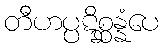
တီဟပ္ပဋိစ္ဆန္နံပေ